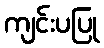
ကျင်းပပြု